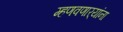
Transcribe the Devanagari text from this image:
म्हणवणार्‍यांना